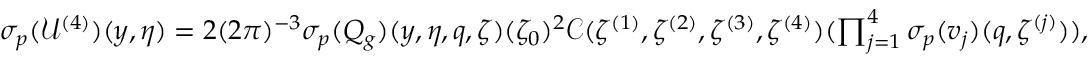
\begin{array} { r l } & { { { \sigma _ { p } } } ( \mathcal { U } ^ { ( 4 ) } ) ( y , \eta ) = 2 ( 2 \pi ) ^ { - 3 } { { \sigma _ { p } } } ( { Q } _ { g } ) ( y , \eta , q , \zeta ) ( \zeta _ { 0 } ) ^ { 2 } \mathcal { C } ( \zeta ^ { ( 1 ) } , \zeta ^ { ( 2 ) } , \zeta ^ { ( 3 ) } , \zeta ^ { ( 4 ) } ) ( \prod _ { j = 1 } ^ { 4 } { { \sigma _ { p } } } ( v _ { j } ) ( q , \zeta ^ { ( j ) } ) ) , } \end{array}